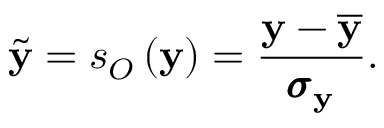
\widetilde { \mathbf { y } } = s _ { O } \left( \mathbf { y } \right) = \frac { \mathbf { y } - \overline { { \mathbf { y } } } } { \pmb { \sigma } _ { \mathbf { y } } } .